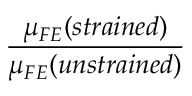
\frac { \mu _ { F E } ( s t r a i n e d ) } { \mu _ { F E } ( u n s t r a i n e d ) }